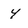
Character: 4